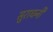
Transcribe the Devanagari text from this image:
सुराधनी